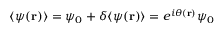
\langle \psi ( \mathbf { r } ) \rangle = \psi _ { 0 } + \delta \langle \psi ( \mathbf { r } ) \rangle = e ^ { i \theta ( \mathbf { r } ) } \psi _ { 0 }